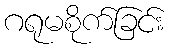
ဂရုမစိုက်ခြင်း